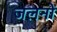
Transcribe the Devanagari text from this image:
जलनों